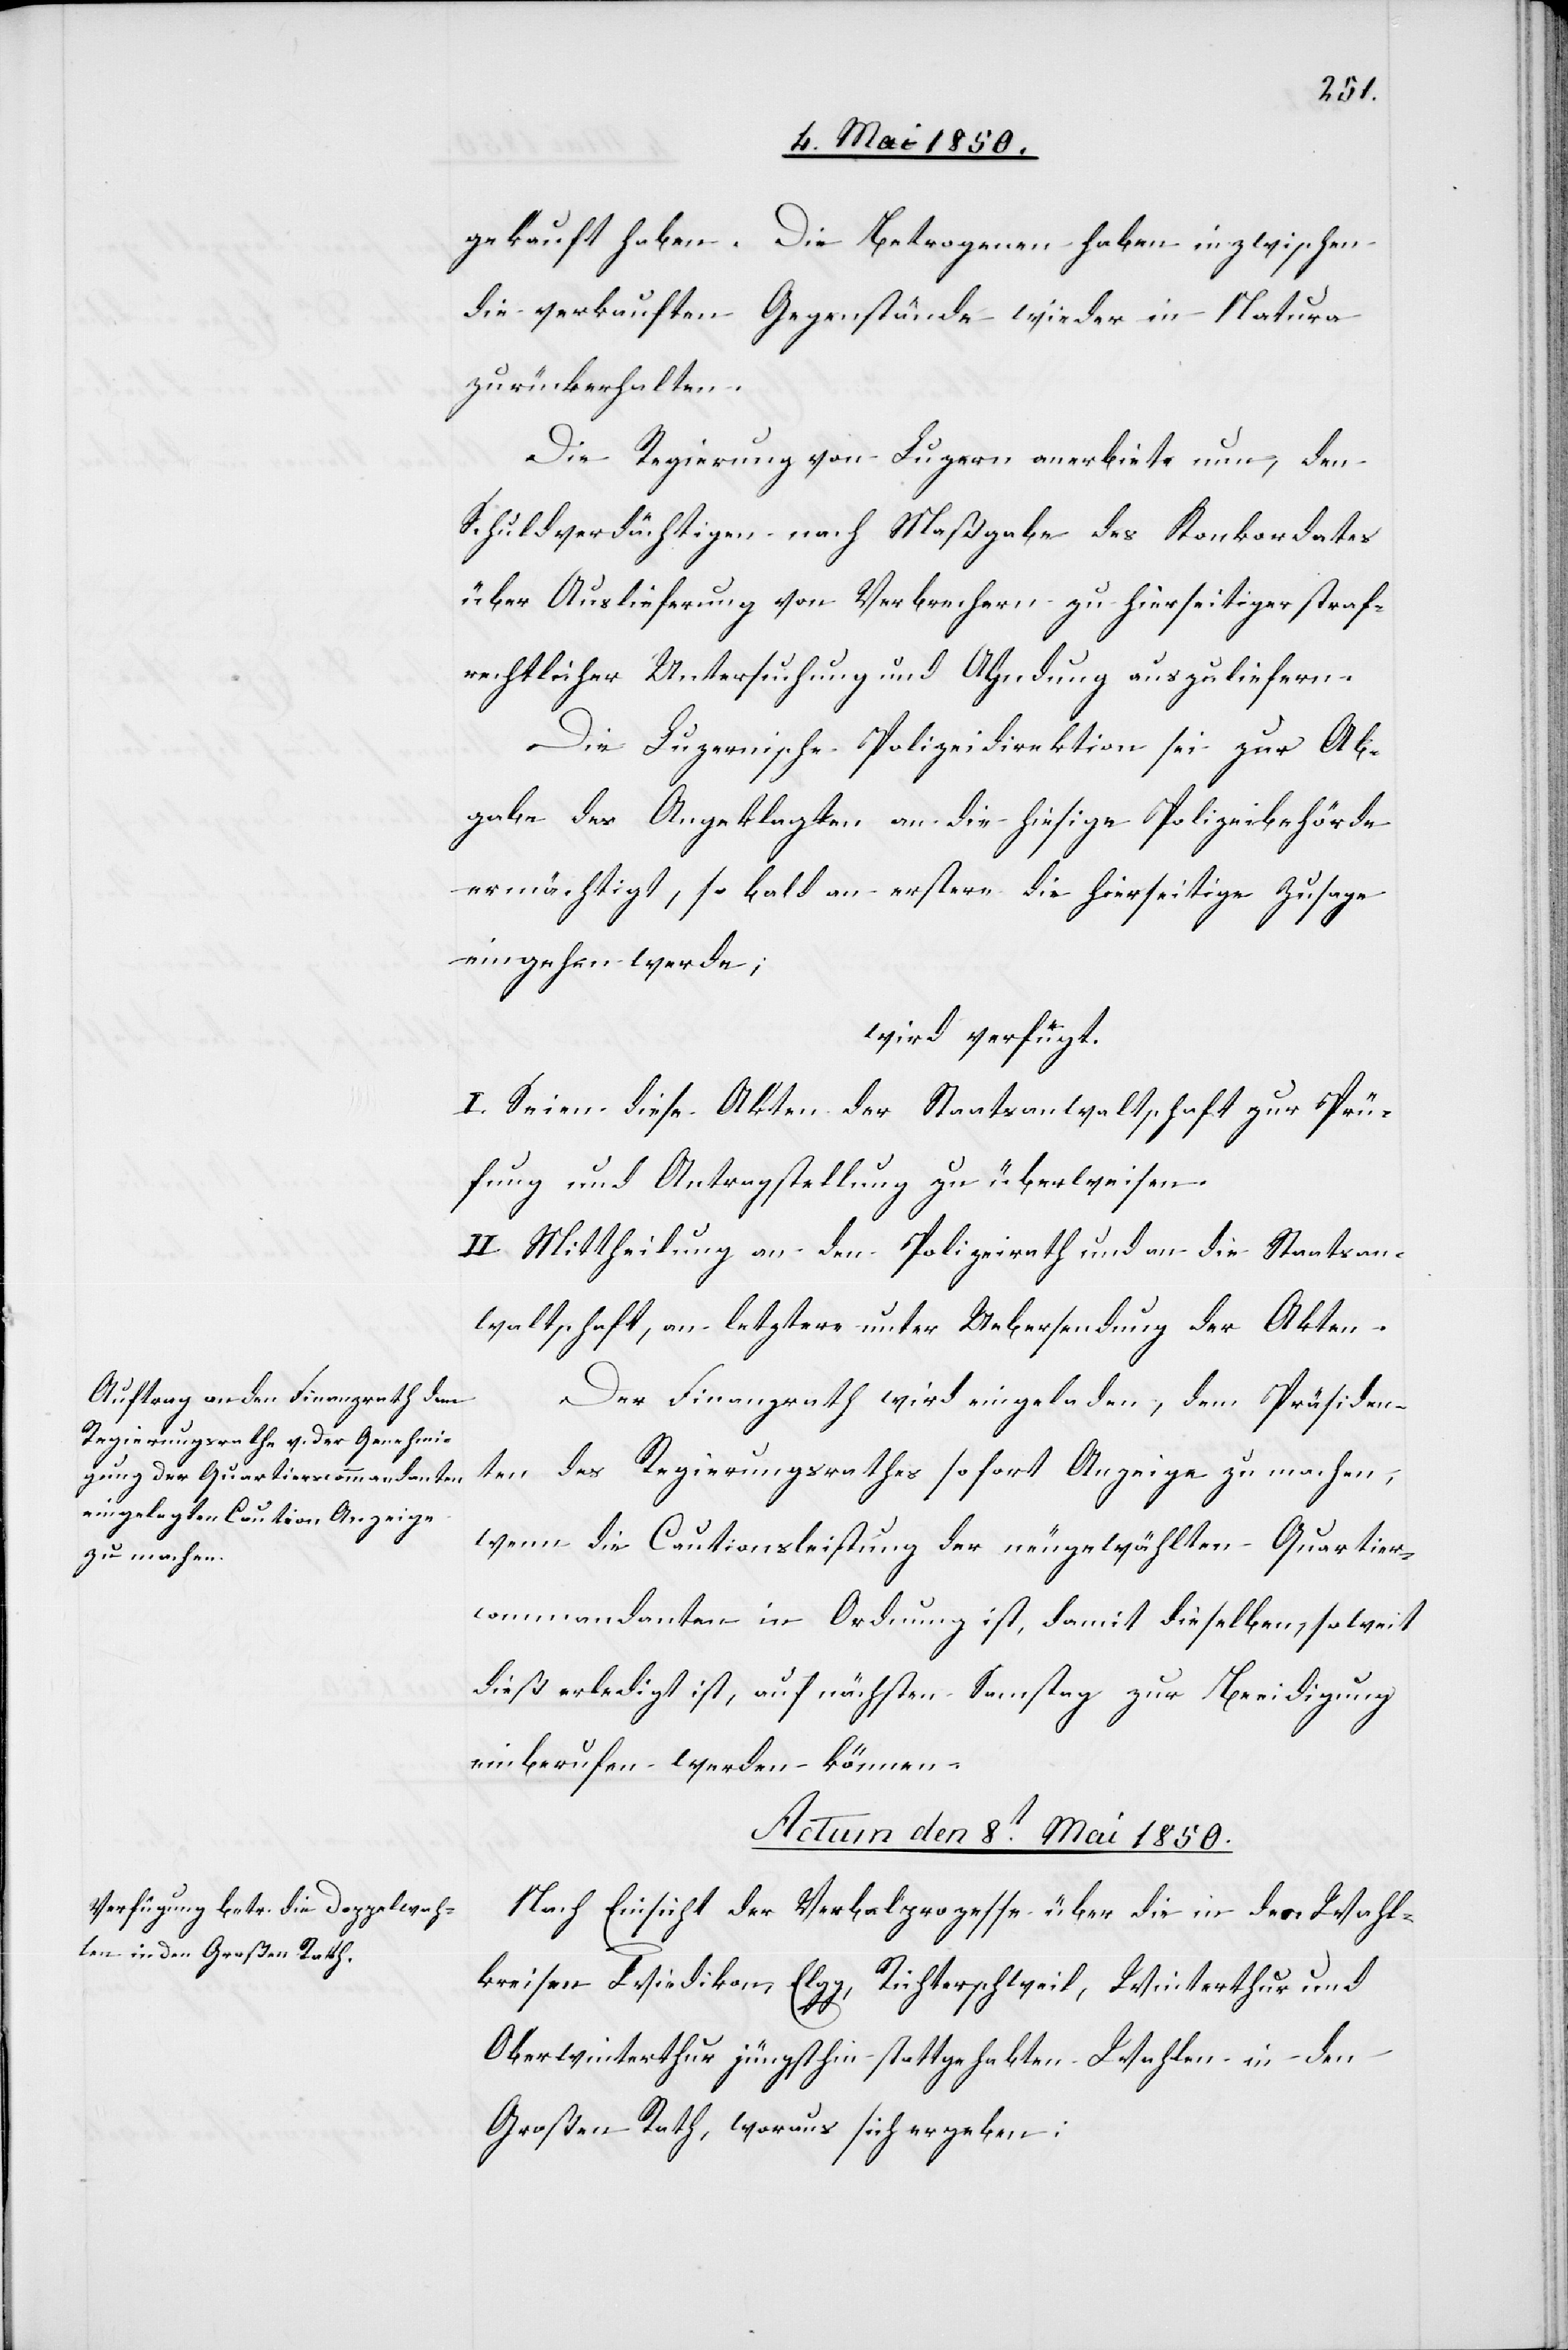
gekauft haben. Die Betrogenen haben inzwischen
die verkauften Gegenstände wieder in Natura
zurückerhalten.
Die Regierung von Luzern anerbiete nun, den
Schuldverdächtigen nach Maßgabe des Konkordates
über Auslieferung von Verbrechern zu hierseitiger straf¬
rechtlicher Untersuchung und Ahndung auszuliefern.
Die Luzernische Polizeidirektion sei zur Ab¬
gabe des Angeklagten an die hiesige Polizeibehörde
ermächtigt, so bald an erstere die hierseitige Zusage
eingehen werde;
wird verfügt:
I. Seien diese Akten der Staatsanwaltschaft zur Prü¬
fung und Antragstellung zu überweisen.
II. Mittheilung an den Polizeirath und an die Staatsan¬
waltschaft, an letztere unter Uebersendung der Akten.
Der Finanzrath wird eingeladen, dem Präsiden¬
ten des Regierungsrathes sofort Anzeige zu machen,
wenn die Cautionsleistung der neugewählten Quartier¬
commandanten in Ordnung ist, damit dieselben, soweit
dieß erledigt ist, auf nächsten Samstag zur Beeidigung
einberufen werden können.
Actum den 8t Mai 1850.
Nach Einsicht der Verbalprozesse über die in den Wahl¬
kreisen Wiedikon, Elgg, Richterschweil, Winterthur und
Oberwinterthur jüngsthin stattgehabten Wahlen in den
Großen Rath, woraus sich ergeben: